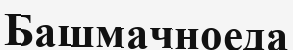
Башмачноеда